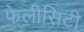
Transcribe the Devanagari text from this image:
फेलीसिटी